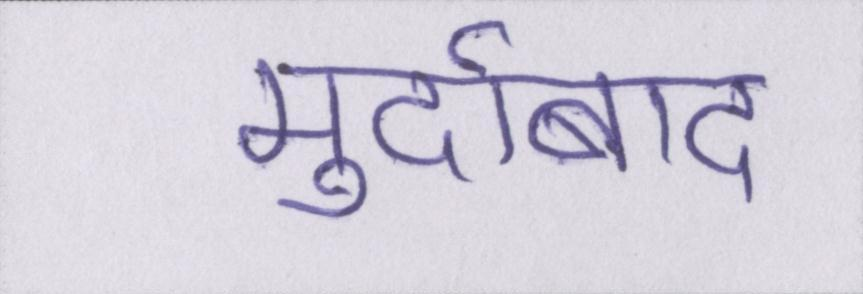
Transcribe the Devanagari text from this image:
मुर्दाबाद